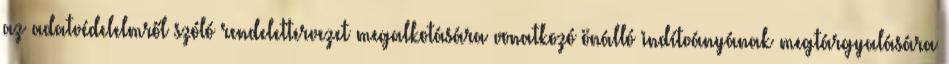
az adatvédelelmről szóló rendelettervezet megalkotására vonatkozó önálló indítványának megtárgyalására